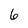
Character: 6